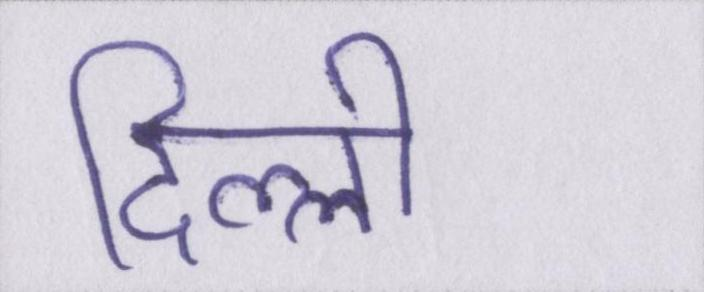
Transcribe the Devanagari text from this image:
दिल्ली